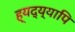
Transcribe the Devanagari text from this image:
ह्यद्य्यापि